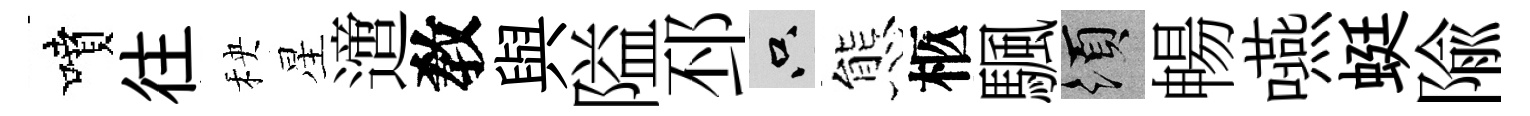
噴往秧星𨗁敎與隘邳只態柩颿須暢嚥蜓隃